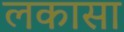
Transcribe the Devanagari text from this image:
लकासा